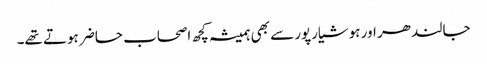
جالندھر اور ہوشیارپور سے بھی ہمیشہ کچھ اصحاب حاضر ہوتے تھے۔